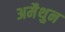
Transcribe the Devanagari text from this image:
अमैथुन